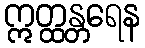
ဣတ္ထန္တရေန